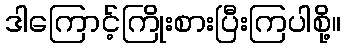
ဒါကြောင့်ကြိုးစားပြီးကြပါစို့။